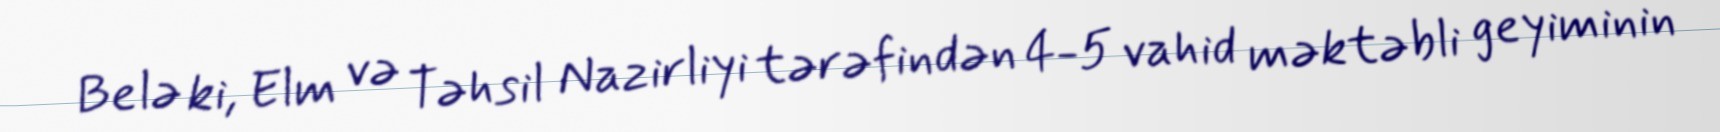
Belə ki, Elm və Təhsil Nazirliyi tərəfindən 4-5 vahid məktəbli geyiminin